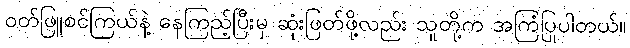
ဝတ်ဖြူစင်ကြယ်နဲ့ နေကြည့်ပြီးမှ ဆုံးဖြတ်ဖို့လည်း သူတို့က အကြံပြုပါတယ်။